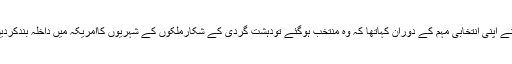
ٹرمپ نے اپنی انتخابی مہم کے دوران کہاتھا کہ وہ منتخب ہوگئے تودہشت گردی کے شکارملکوں کے شہریوں کاامریکہ میں داخلہ بندکردیں گے ۔